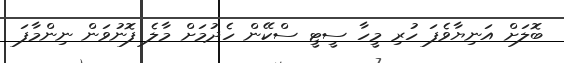
ބޮލަށް އަނިޔާވެފަ ހުރި މީހާ ސީޓީ ސްކޭން ހެދުމަށް މާލެ ފޮނުވަން ނިންމާފަ